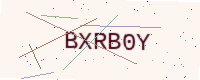
Text: BXRB0Y